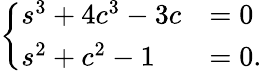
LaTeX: \left\{ \begin{array}{ll}{s^{3}+4c^{3}-3c}&{=0}\\ {s^{2}+c^{2}-1}&{=0.}\end{array}\right.